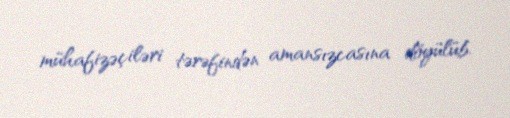
mühafizəçiləri tərəfindən amansızcasına döyülüb.